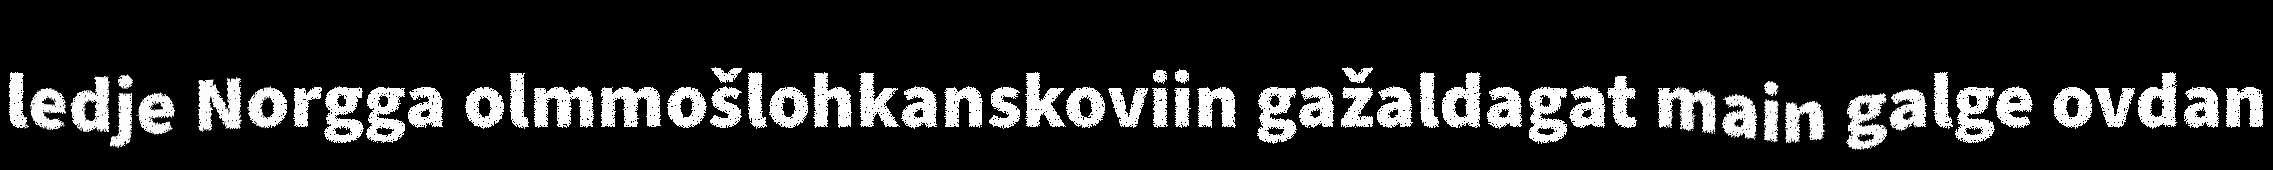
ledje Norgga olmmošlohkanskoviin gažaldagat main galge ovdan